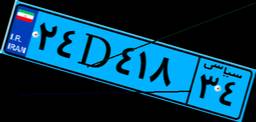
۲۴D۴۱۸۳۴